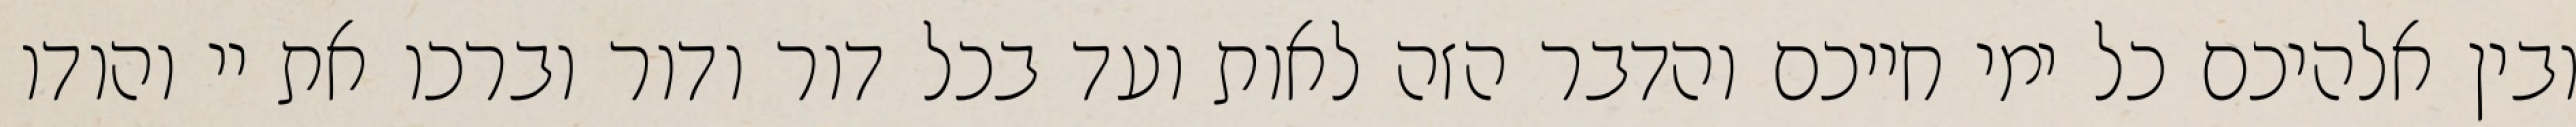
ובין אלהיכם כל ימי חייכם והדבר הזה לאות ועד בכל דור ודור וברכו את יי והודו